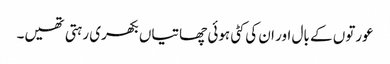
عورتوں کے بال اور ان کی کٹی ہوئی چھاتیاں بکھری رہتی تھیں۔